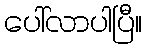
ပေါ်လာပါပြီ။